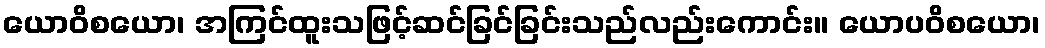
ယောဝိစယော၊ အကြင်ထူးသဖြင့်ဆင်ခြင်ခြင်းသည်လည်းကောင်း။ ယောပဝိစယော၊